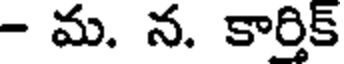
- మ. న. కార్తిక్